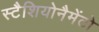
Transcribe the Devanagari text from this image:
स्टैशियोनैमेंटो